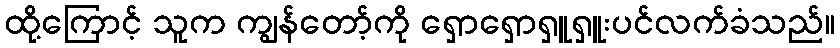
ထို့ကြောင့် သူက ကျွန်တော့်ကို ရှောရှောရှူရှူးပင်လက်ခံသည်။